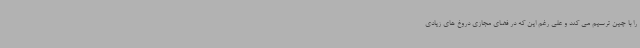
را با چین ترسیم می کند و علی رغم این که در فضای مجازی دروغ های زیادی